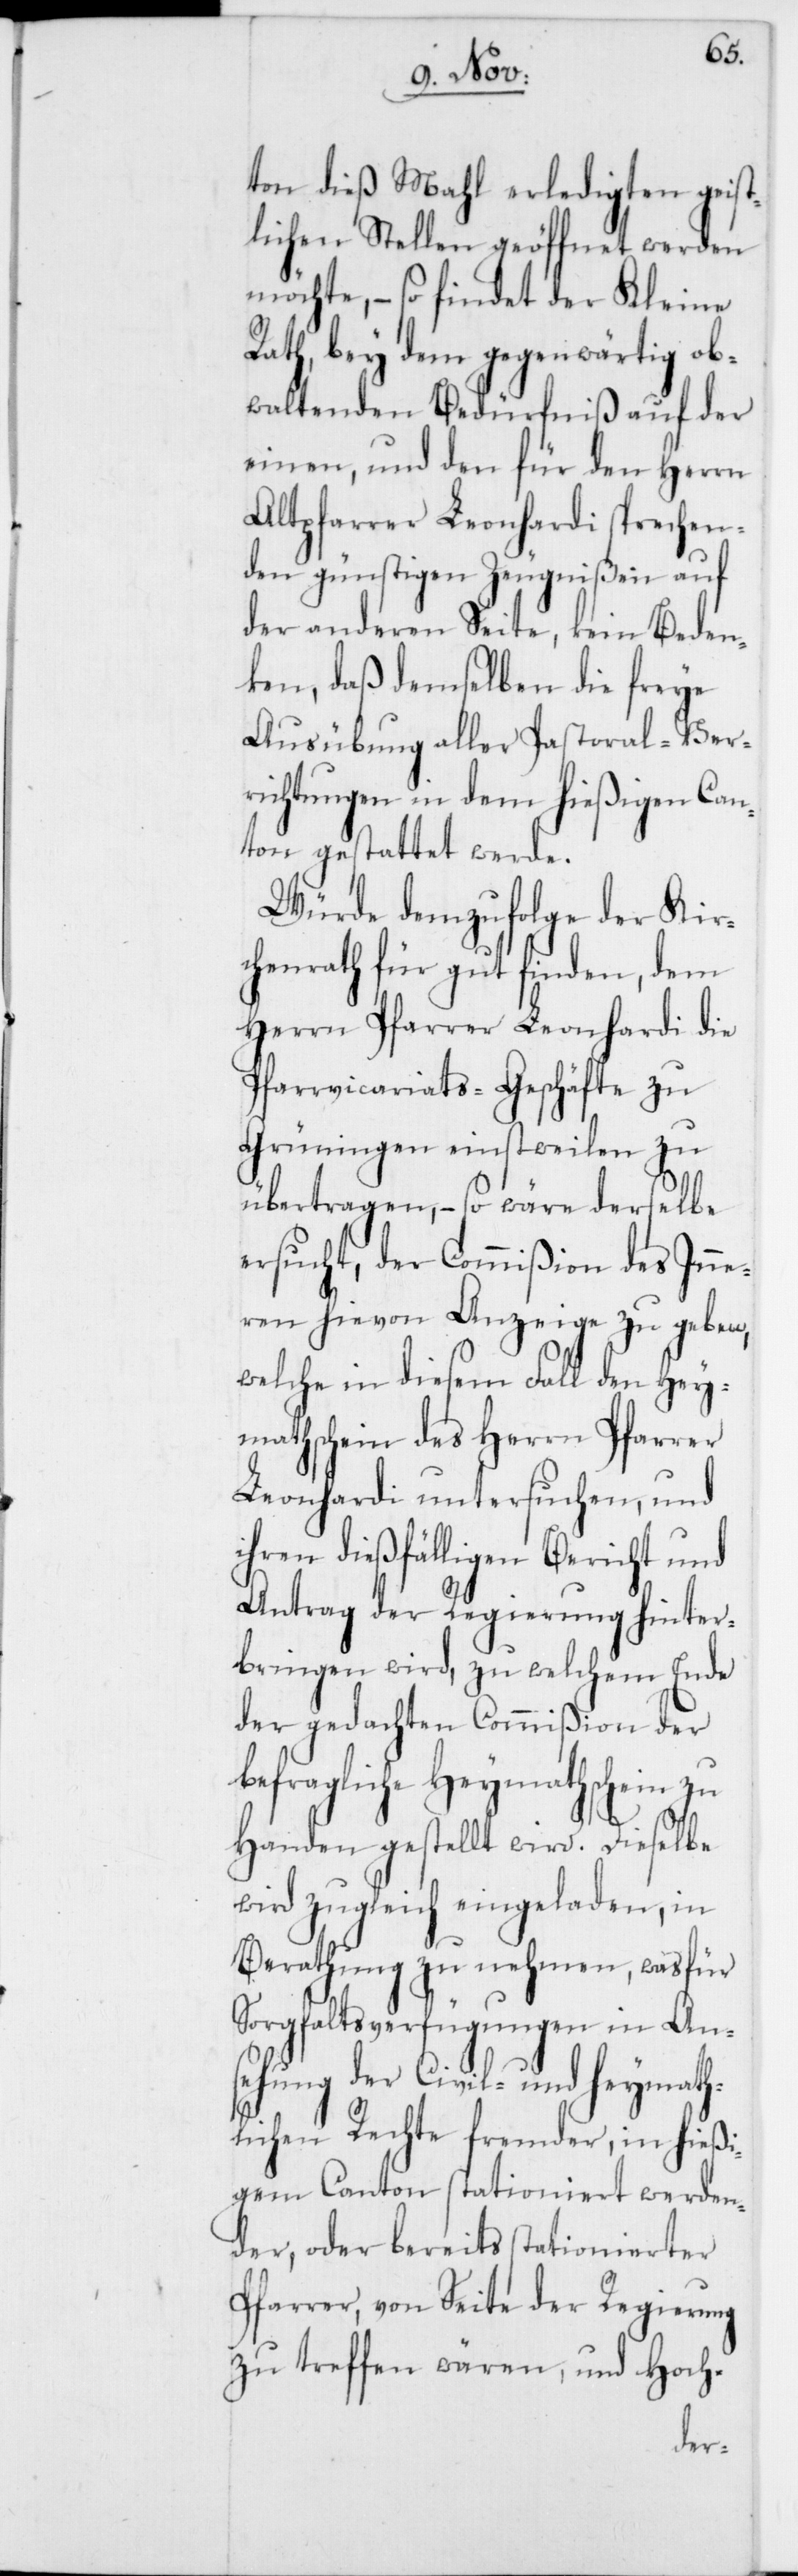
ton dieß Mahl erledigten geist¬
lichen Stellen geöffnet werden
möchte, – so findet der Kleine
Rath, bey dem gegenwärtig ob¬
waltenden Bedürfniß auf der
einen, und den für den Herrn
Altpfarrer Leonhardi sprechen¬
den günstigen Zeugnißen auf
der anderen Seite, kein Beden¬
ken, daß demselben die freye
Ausübung aller Pastoral-Ver¬
richtungen in dem hießigen Can¬
ton gestattet werde.
Würde demzufolge der Kir¬
chenrath für gut finden, dem
Herrn Pfarrer Leonhardi die
Pfarrvicariats-Geschäfte zu
Grüningen einstweilen zu
übertragen, – so wäre derselbe
ersucht, der Commißion des Inne¬
ren hievon Anzeige zu geben,
welche in diesem Fall den Hey¬
mathschein des Herrn Pfarrer
Leonhardi untersuchen, und
hren dießfälligen Bericht und
Antrag der Regierung hinter¬
bringen wird, zu welchem Ende
der gedachten Commißion der
befragliche Heymathschein zu
Handen gestellt wird. Dieselbe
wird zugleich eingeladen, in
Berathung zu nehmen, was für
Sorgfaltsverfügungen in Anse¬
hung der Civil- und Heymath¬
lichen Rechte fremder, in hießi¬
gem Canton stationiert werden¬
der, oder bereits stationierter
Pfarrer, von Seite der Regierung
zu treffen wären, und Hoch-

i¬